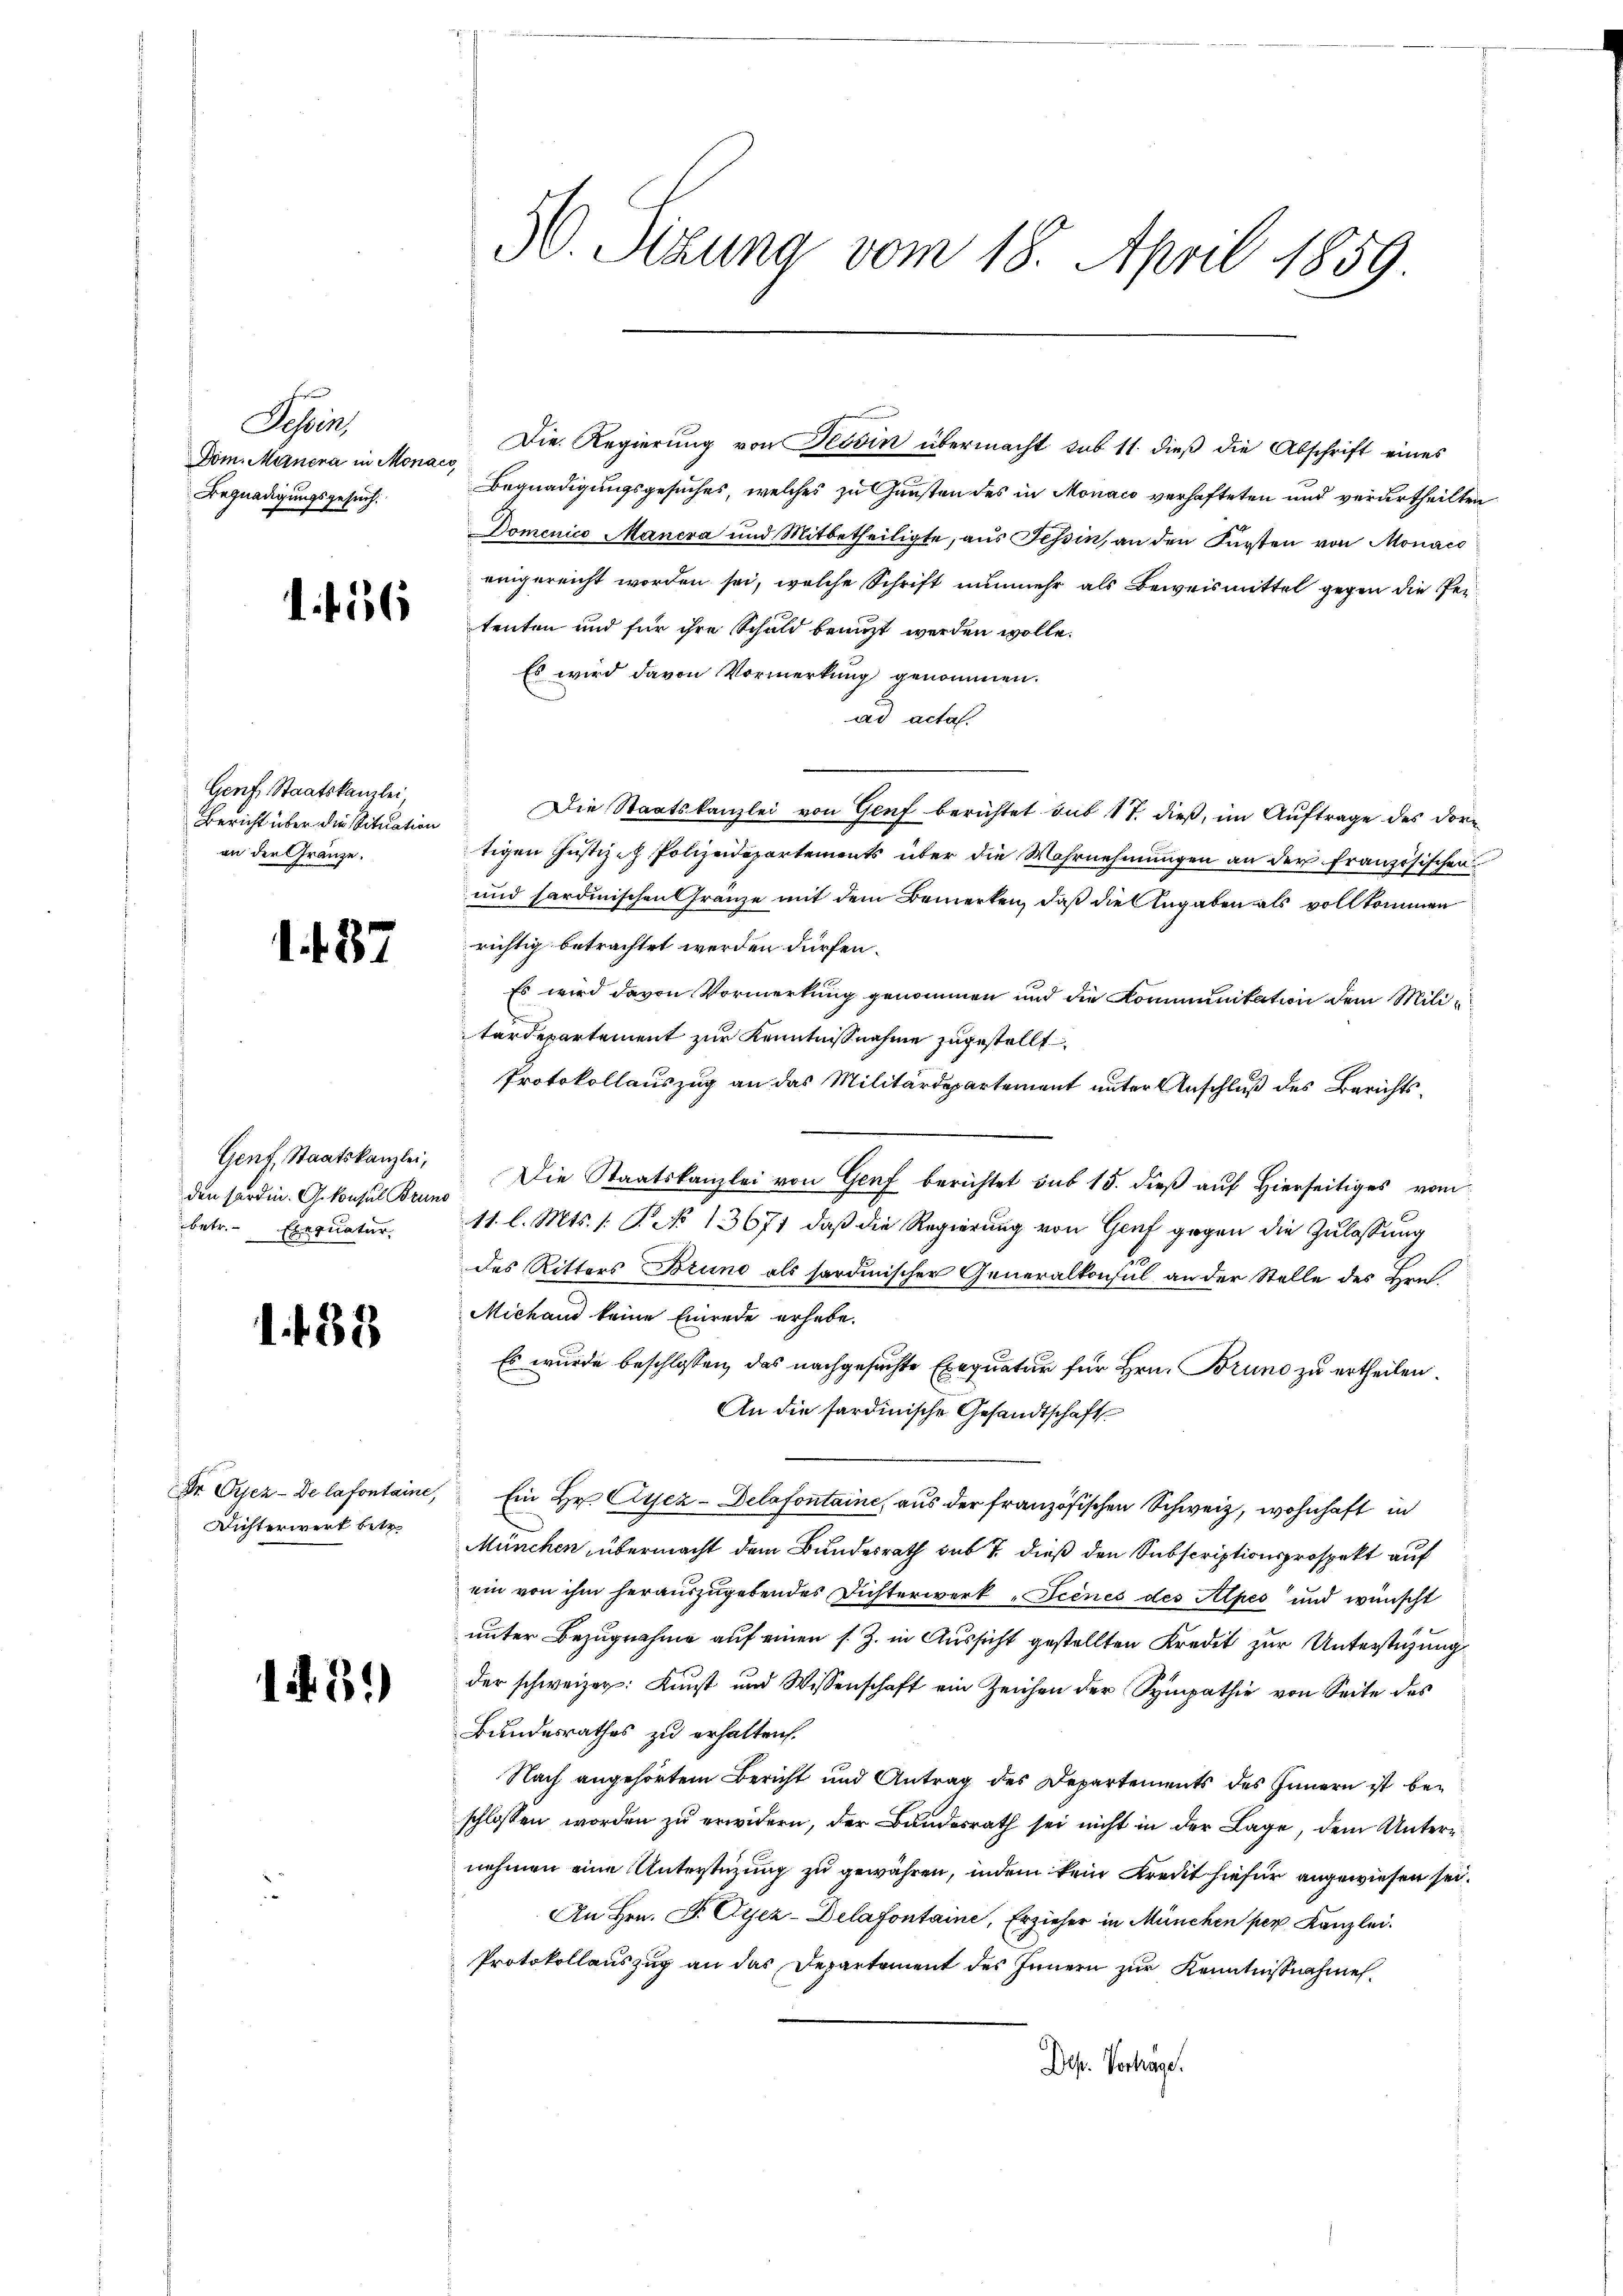
Sessen
Dom. Minera in Monaco,
Begnadigungsgesuch.

1. 426

Genf Staatskanzlei,
BBericht über die Situation
an der Gränze.

1. 437

Genf, Staatskanzlei,
betr. Exequatur

1.183

Dichterwerk betr.

13.)

50. Sitzung vom 18. April 1859.

Begnadigungsgesuches, welches zu Gunsten des in Monaco verhafteten und verurtheilten
Domenico Mancra und Mitbetheiligte, aus Tessin an den Fürsten von Monaco
eingereicht worden sei, welche Schrift nunmehr als Beweismittel gegen die Petenten und für ihre Schuld benuzt werden wolle.
Es wird davon Vormerkung genommen.
ad acta.
Die Staatskanzlei von Genf berichtet sub 17. dieß, im Auftrage des Dortigen Justiz- Polizeidepartements über die Wahrnehmungen an der Französischen
und sardinischen Gränze mit dem Bemerken, daß die Angaben als vollkommen
richtig betrachtet werden dürfen.
Es wird davon Vormerkung genommen und die Kommunitation dem Militardepartement zur Kenntnißnahme zugestellt.
Protokollauszug an das Militärdepartement unter Anschluß des Berichtsden forden. Gekonsul Brand. Die Staatskanzlei von Genf berichtet sub 15. dieß auf Hierseitiges vom
11. l. Mts. 1. P. No 13671, daß die Regierung von Genf gegen die Zulassung
des Ritters Bruno als hardinischer Generalkonsul an der Stelle des Hrn.
Michand keine Einrede erhebe.
Es wurde beschlossen, das nachgesuchte Exequatur für Hrn. Bruno zu ertheilen.
An die sardinische Gesandtschaft
Dr Gujer-De lafontaine, Ein Hr. Cyez-Delafontaine, aus der französischen Schweiz, wohnhaft in
München übermacht dem Bundesrath sub 7. dieß den Subscriptionsprospekt auf
ein von ihm herauszugebendes Dichterwerk "Scenes des Alpes und wünscht
unter Bezugnahme auf einen s. Z. in Aussicht gestellten Kredit zur Unterstüzung
der schweizer. Kunst und Wissenschaft ein Zeichen der Sympathie von Seite des
Bundesrathes zu erhalten.
Nach angehörtem Bericht und Antrag des Departements des Innern ist beschlossen worden zŭ erwidern, der Bundesrath sei nicht in der Lage, dem Unterr
nehmen eine Unterstüzung zu gewähren, indem kein Kredit hiefür angewiesen sei.
An Hrn. F. Cyer-Delafontaine, Erzieher in München per Kanzlei.
Protokollauszug an das Departement des Innern zur Kenntnißnahmen.
Dep. Verträge.

Die Regierung von Rovin übermacht sub 11 dieß die Abschrift eines